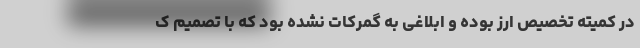
در کمیته تخصیص ارز بوده و ابلاغی به گمرکات نشده بود که با تصمیم ک